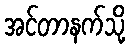
အင်တာနက်သို့